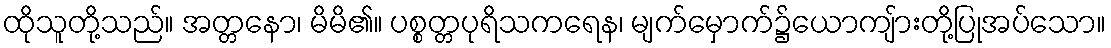
ထိုသူတို့သည်။ အတ္တနော၊ မိမိ၏။ ပစ္စတ္တပုရိသကရေန၊ မျက်မှောက်၌ယောကျ်ားတို့ပြုအပ်သော။